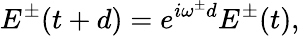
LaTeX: E^{\pm}(t+d)=e^{i\omega^{\pm}d}E^{\pm}(t),